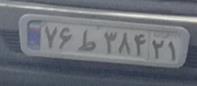
۷۶ط۳۸۴۲۱